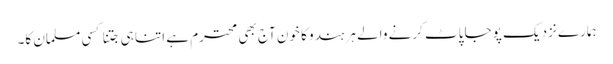
ہمارے نزدیک پوجا پاٹ کرنے والے ہر ہندو کا خون آج بھی محترم ہے اتنا ہی جتنا کسی مسلمان کا۔